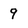
Character: 9